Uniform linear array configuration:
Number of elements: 32
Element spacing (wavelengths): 0.5
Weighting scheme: uniform
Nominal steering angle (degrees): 15
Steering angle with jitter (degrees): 15.354
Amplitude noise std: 0.05
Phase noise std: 0.05

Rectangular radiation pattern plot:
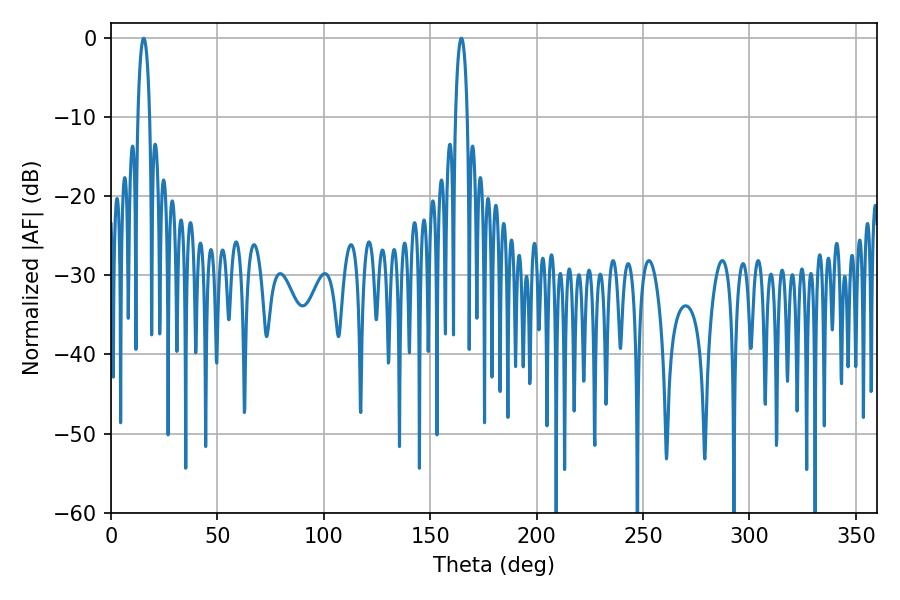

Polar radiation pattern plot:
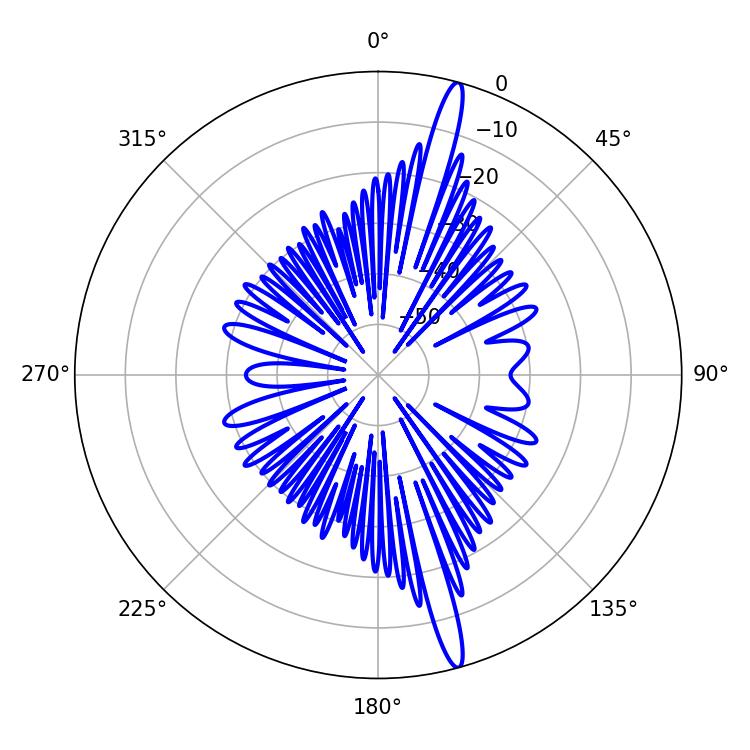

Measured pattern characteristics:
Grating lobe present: FALSE
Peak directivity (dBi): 17.66
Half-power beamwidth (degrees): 3.06
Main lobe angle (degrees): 15.3